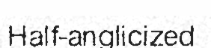
Half-anglicized